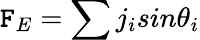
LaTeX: \mathtt{F}_{E}=\sum{j_{i}sin\theta_{i}}